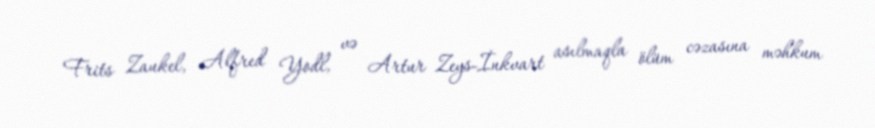
Frits Zaukel, Alfred Yodl, və Artur Zeys-İnkvart asılmaqla ölüm cəzasına məhkum